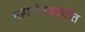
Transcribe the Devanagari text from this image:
महासेनप्रद्योत